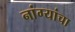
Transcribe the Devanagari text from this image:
नांग्यांचा